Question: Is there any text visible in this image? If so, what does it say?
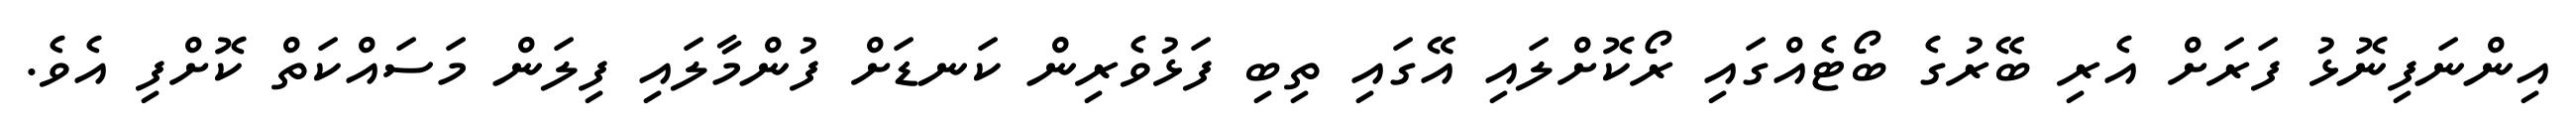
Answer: އިންނަފިނޮޅު ފަރަށް އެރި ބޭރުގެ ބޯޓެއްގައި ރޯކޮށްލައި އޭގައި ތިބި ފަޅުވެރިން ކަނޑަށް ފުންމާލައި ފިލަން މަސައްކަތް ކޮށްފި އެވެ.